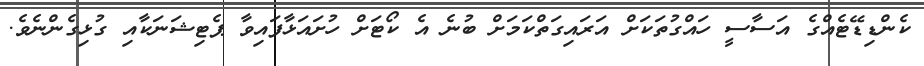
ކެންޑިޑޭޓެއްގެ އަސާސީ ހައްގުތަކަށް އަރައިގަތްކަމަށް ބުނެ އެ ކޯޓަށް ހުށައަޅާފައިވާ ޕެޓިޝަނަކާއި ގުޅިގެންނެވެ.